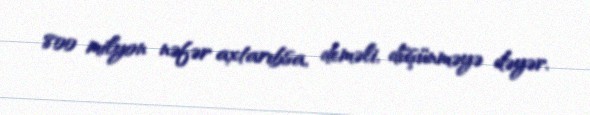
800 milyon nəfər axtarıbsa, deməli, düşünməyə dəyər.